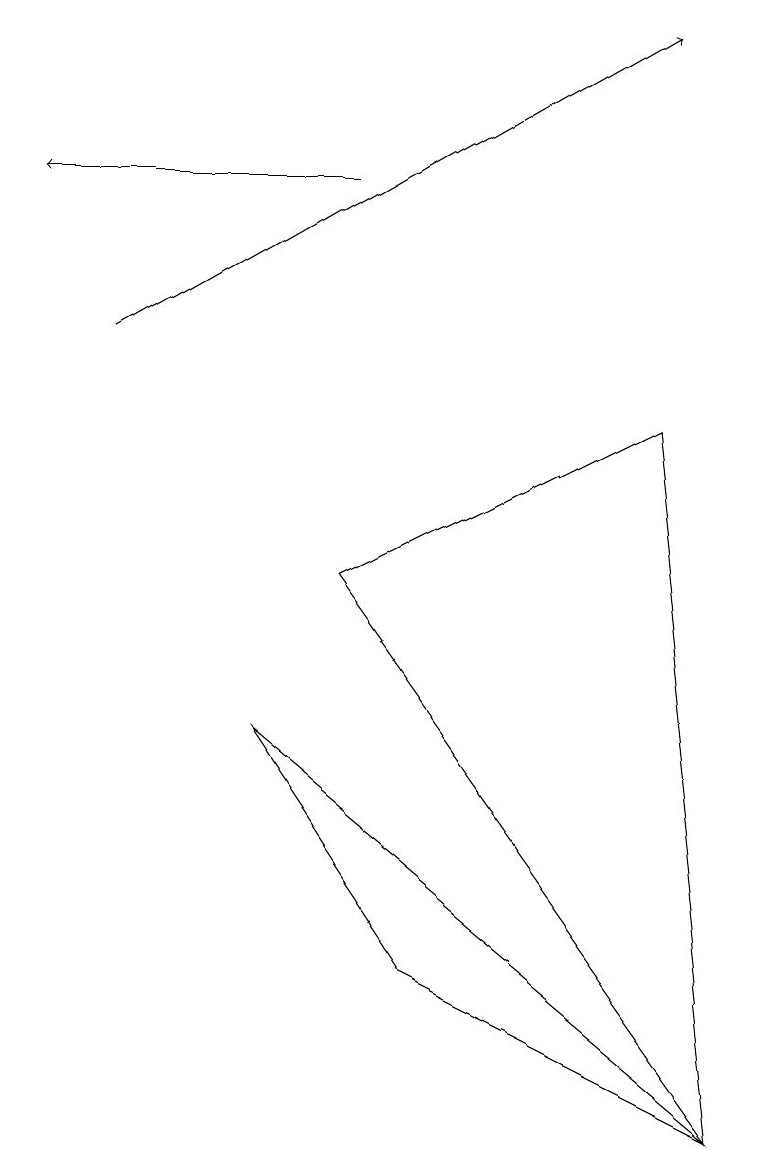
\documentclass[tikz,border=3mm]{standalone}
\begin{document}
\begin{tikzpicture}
\draw[->] (1,10) -- (8,14);
\draw (5,2) -- (3,5) -- (9,0) -- cycle;
\draw (4,7) -- (8,9) -- (9,0) -- cycle;
\draw[->] (4,12) -- (0,12);
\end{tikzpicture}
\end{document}